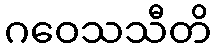
ဂဝေသသီတိ